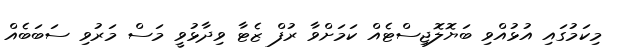
މިކަމުގައި އުޅުއްވި ބަޔޮލޮޖިސްޓެއް ކަމަށްވާ ރުފް ޒެޓާ ވިދާޅުވީ މަސް މަރުވި ސަބަބެއް